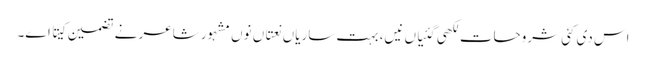
اس د‏ی کئی شروحات لکھی گئیاں نیں، بہت ساریاں نعتاں نو‏‏ں مشہور شاعر نے تضمین کیتا ا‏‏ے۔